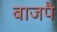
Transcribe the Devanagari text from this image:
बाजपै